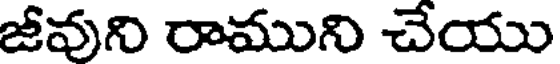
జీవుని రాముని చేయు